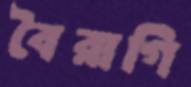
বৈরাগি